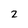
Character: 2